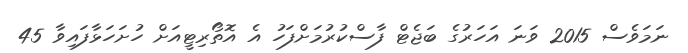
ނަމަވެސް 2015 ވަނަ އަހަރުގެ ބަޖެޓް ފާސްކުރުމަށްފަހު އެ އޮތޯރިޓީއަށް ހުށަހަޅާފައިވާ 45